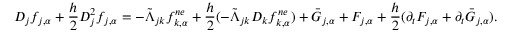
D _ { j } f _ { j , \alpha } + \frac { h } { 2 } D _ { j } ^ { 2 } f _ { j , \alpha } = - \tilde { \Lambda } _ { j k } f _ { k , \alpha } ^ { n e } + \frac { h } { 2 } ( - \tilde { \Lambda } _ { j k } D _ { k } f _ { k , \alpha } ^ { n e } ) + \bar { G } _ { j , \alpha } + F _ { j , \alpha } + \frac { h } { 2 } ( \partial _ { t } F _ { j , \alpha } + \partial _ { t } \bar { G } _ { j , \alpha } ) .